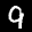
Label: 9